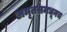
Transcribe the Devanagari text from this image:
अमृतसमधूनच